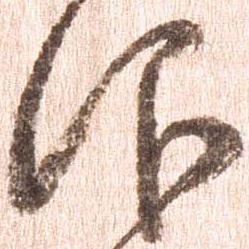
仰